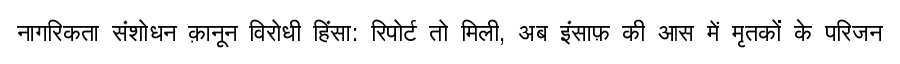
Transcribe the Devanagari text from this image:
नागरिकता संशोधन क़ानून विरोधी हिंसा: रिपोर्ट तो मिली, अब इंसाफ़ की आस में मृतकों के परिजन